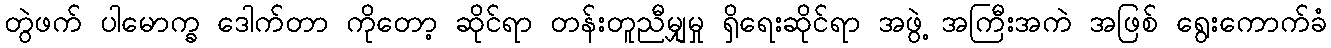
တွဲဖက် ပါမောက္ခ ဒေါက်တာ ကိုတော့ ဆိုင်ရာ တန်းတူညီမျှမှု ရှိရေးဆိုင်ရာ အဖွဲ့ အကြီးအကဲ အဖြစ် ရွေးကောက်ခံ